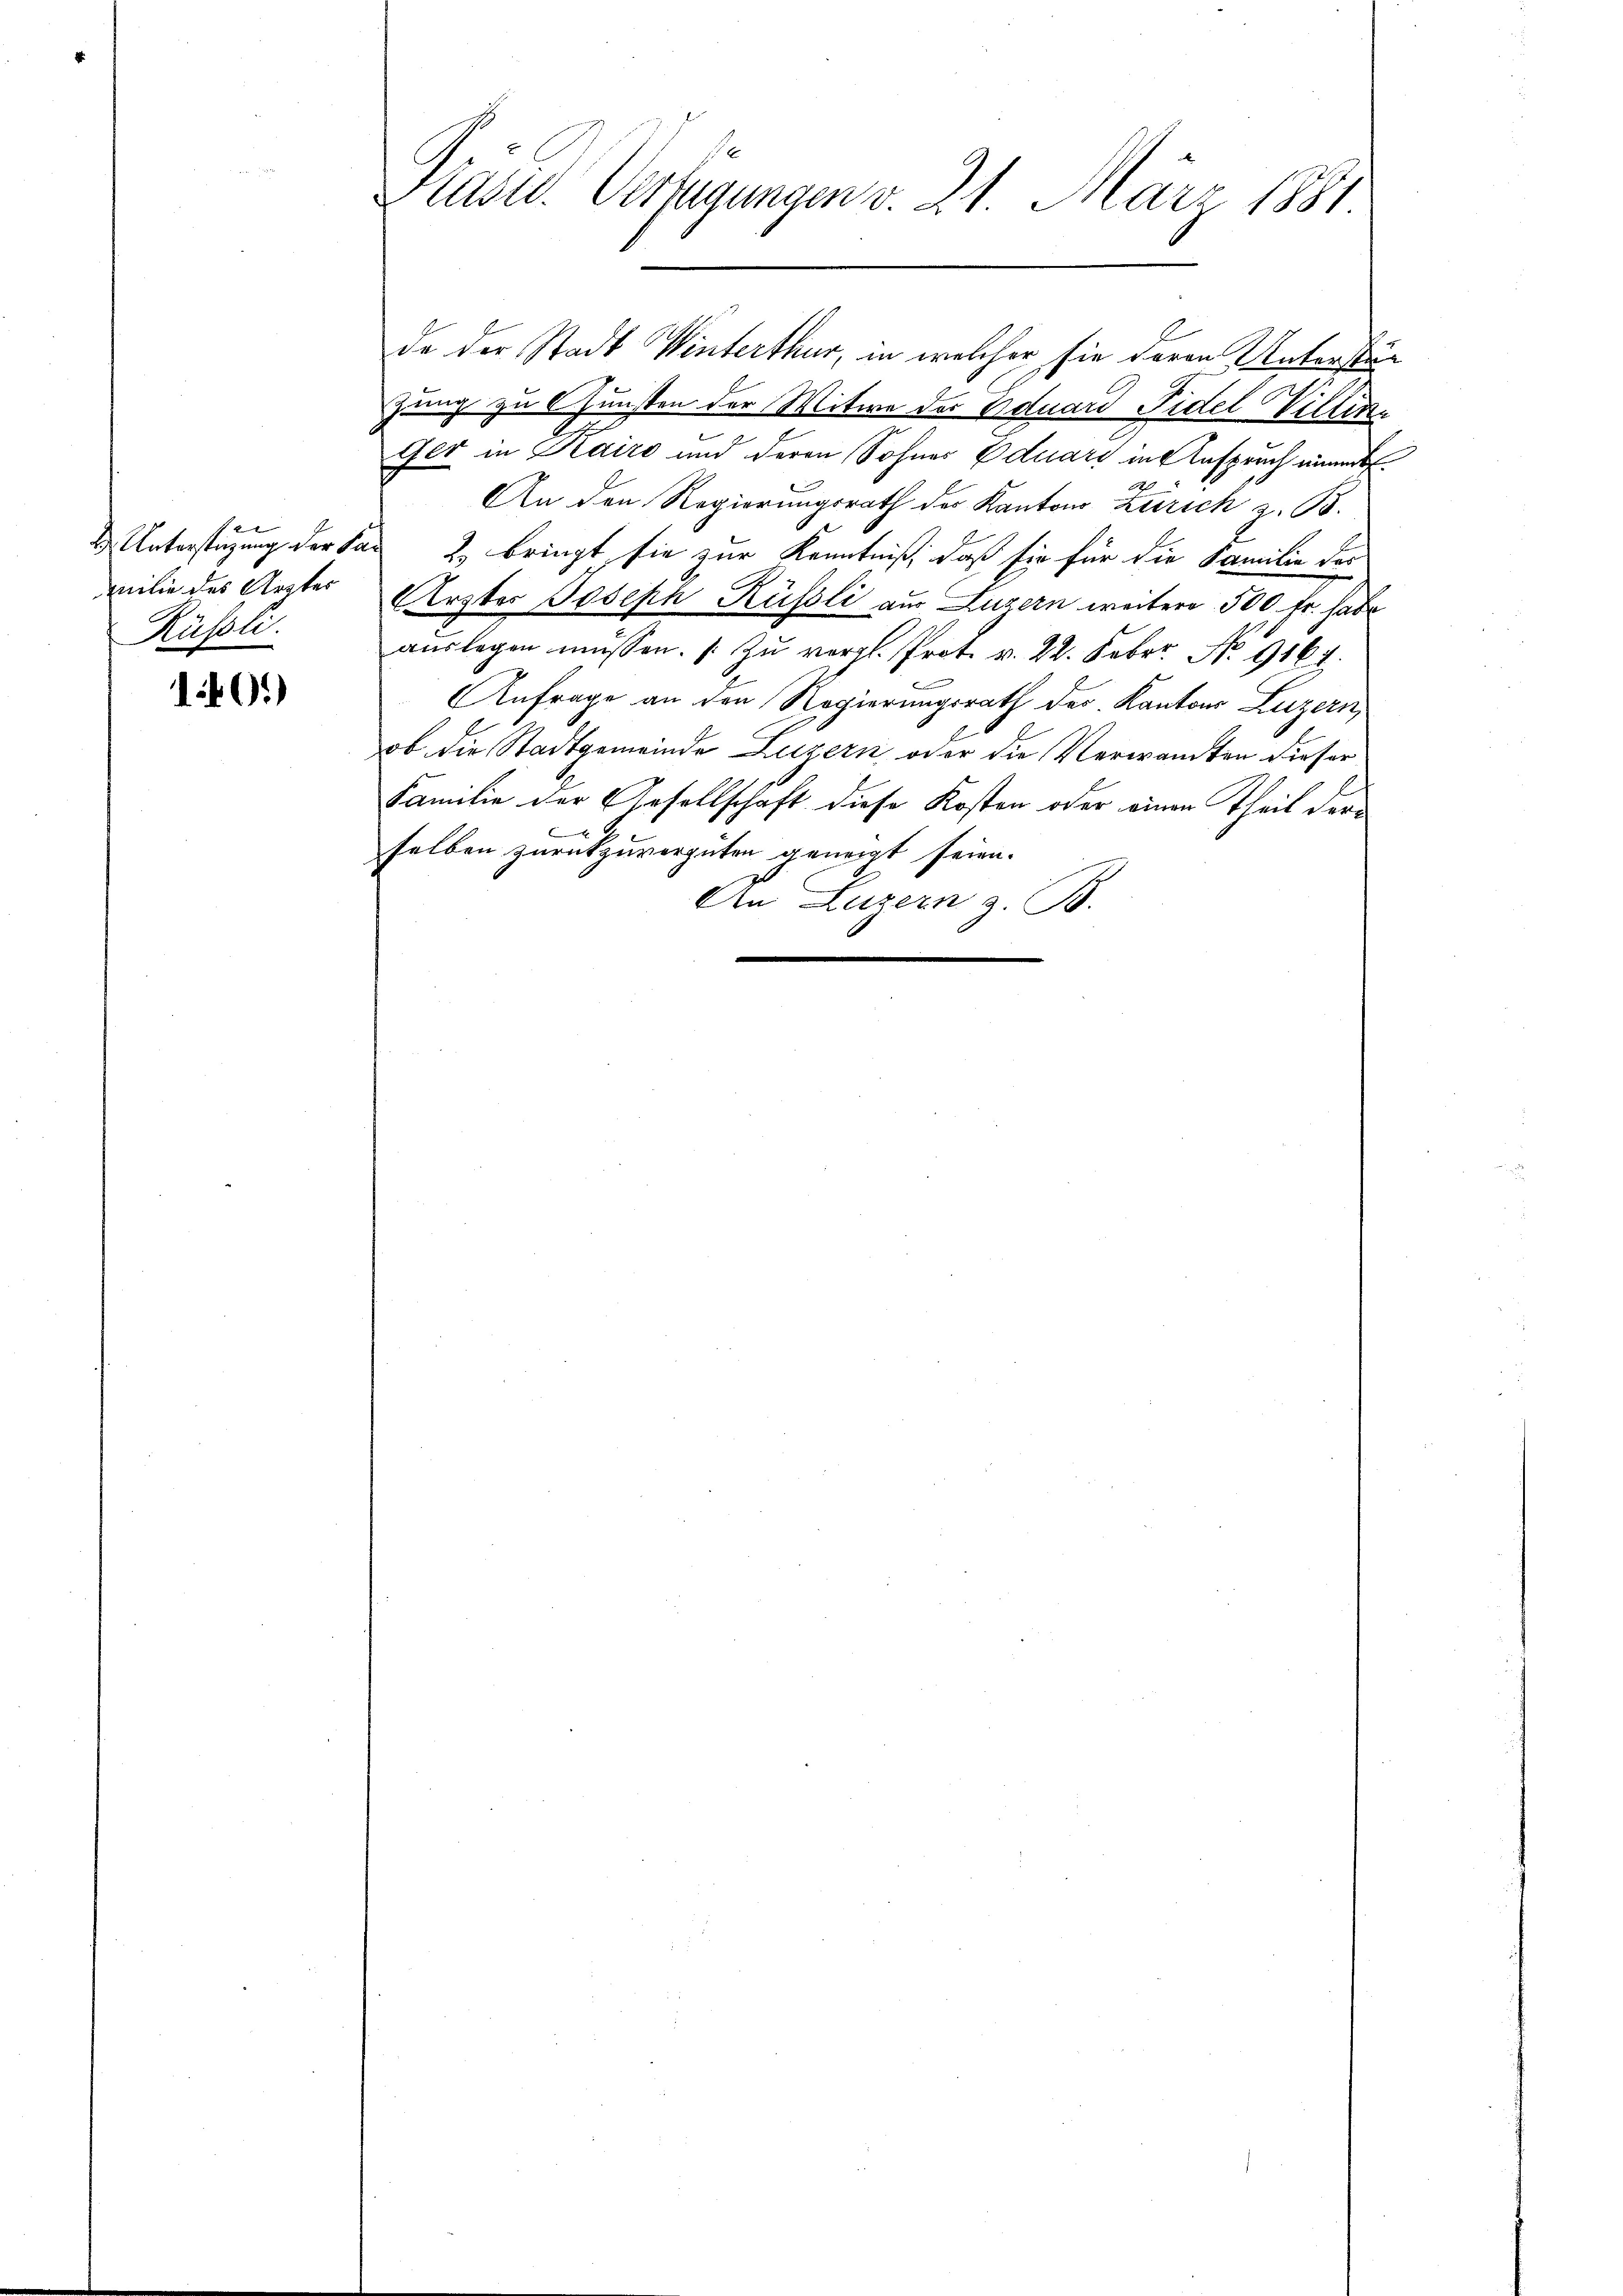
milie des Arztes
Rüssli

40.)

Präsid. Verfügungen v. 21. März 1881.

de der Stadt Winterthur, in welcher sie deren Unterstänzung zu Gunsten der Witwe der Eduard Fidel Villire
Ger in Kairo und deren Sohner Eduars in Anspruch einm
An den Regierungsrath des Kantons Zürich z. B.
2 Unterstützung der San 2 bringt sie zur Kenntniß, daß sie für die Familie der
AErgbes Joseph Rüssli aus Luzern weitere 500 Fr. habe
aŭslagen müssen. / zŭ vergl. Prot. v. 22. Feber. Nr. 9164.
Anfrage an den Regierungsrath der Kantons Luzern,
ob die Stadtgemeinde Luzern oder die Verwandten dieser
Familie der Gesellschaft diese Kosten oder einen Theil derx
selben zurückzuvergüten geneigt seien.
An Luzern z. B.